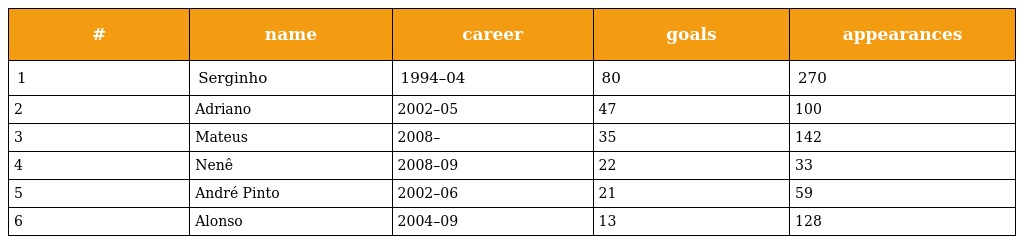
| # | name | career | goals | appearances |
 | --- | --- | --- | --- | --- |
 | 1 | Serginho | 1994–04 | 80 | 270 |
 | 2 | Adriano | 2002–05 | 47 | 100 |
 | 3 | Mateus | 2008– | 35 | 142 |
 | 4 | Nenê | 2008–09 | 22 | 33 |
 | 5 | André Pinto | 2002–06 | 21 | 59 |
 | 6 | Alonso | 2004–09 | 13 | 128 |